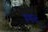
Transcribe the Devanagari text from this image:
निंदे